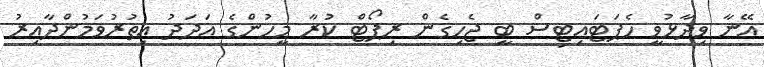
އޭނާ ވިދާޅުވީ ހެޕަޓައިޓިސް ބީ ޖެހިގެން ރިޕޯޓް ކުރާ މީހުންގެ އަދަދު އިތުރުވަމުންދާއިރު